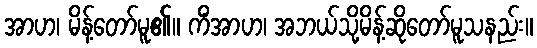
အာဟ၊ မိန့်တော်မူ၏။ ကိံအာဟ၊ အဘယ်သို့မိန့်ဆိုတော်မူသနည်း။